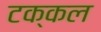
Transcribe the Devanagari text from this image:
टक्कल